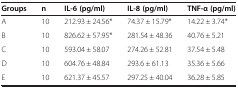
<table><thead><tr><td><b>Groups</b></td><td><b>n</b></td><td><b>IL-6 (pg/ml)</b></td><td><b>IL-8 (pg/ml)</b></td><td><b>TNF-α (pg/ml)</b></td></tr></thead><tbody><tr><td>A</td><td>10</td><td>212.93 ± 24.56*</td><td>74.37 ± 15.79*</td><td>14.22 ± 3.74*</td></tr><tr><td>B</td><td>10</td><td>826.62 ± 57.95*</td><td>281.54 ± 48.36</td><td>40.76 ± 5.21</td></tr><tr><td>C</td><td>10</td><td>593.04 ± 58.07</td><td>274.26 ± 52.81</td><td>37.54 ± 5.48</td></tr><tr><td>D</td><td>10</td><td>604.76 ± 48.84</td><td>293.6 ± 61.13</td><td>35.36 ± 5.66</td></tr><tr><td>E</td><td>10</td><td>621.37 ± 45.57</td><td>297.25 ± 40.04</td><td>36.28 ± 5.85</td></tr></tbody></table>